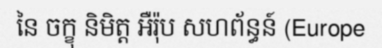
នៃ ចក្ខុ និមិត្ត អឺរ៉ុប សហព័ន្ធន៍ (Europe